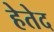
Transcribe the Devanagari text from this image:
हेतेद